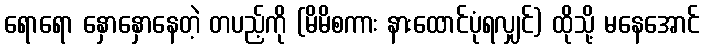
ရောရော နှောနှောနေတဲ့ တပည့်ကို (မိမိစကား နားထောင်ပုံရလျှင်) ထိုသို့ မနေအောင်